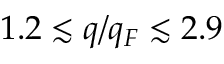
1 . 2 \lesssim q / q _ { F } \lesssim 2 . 9